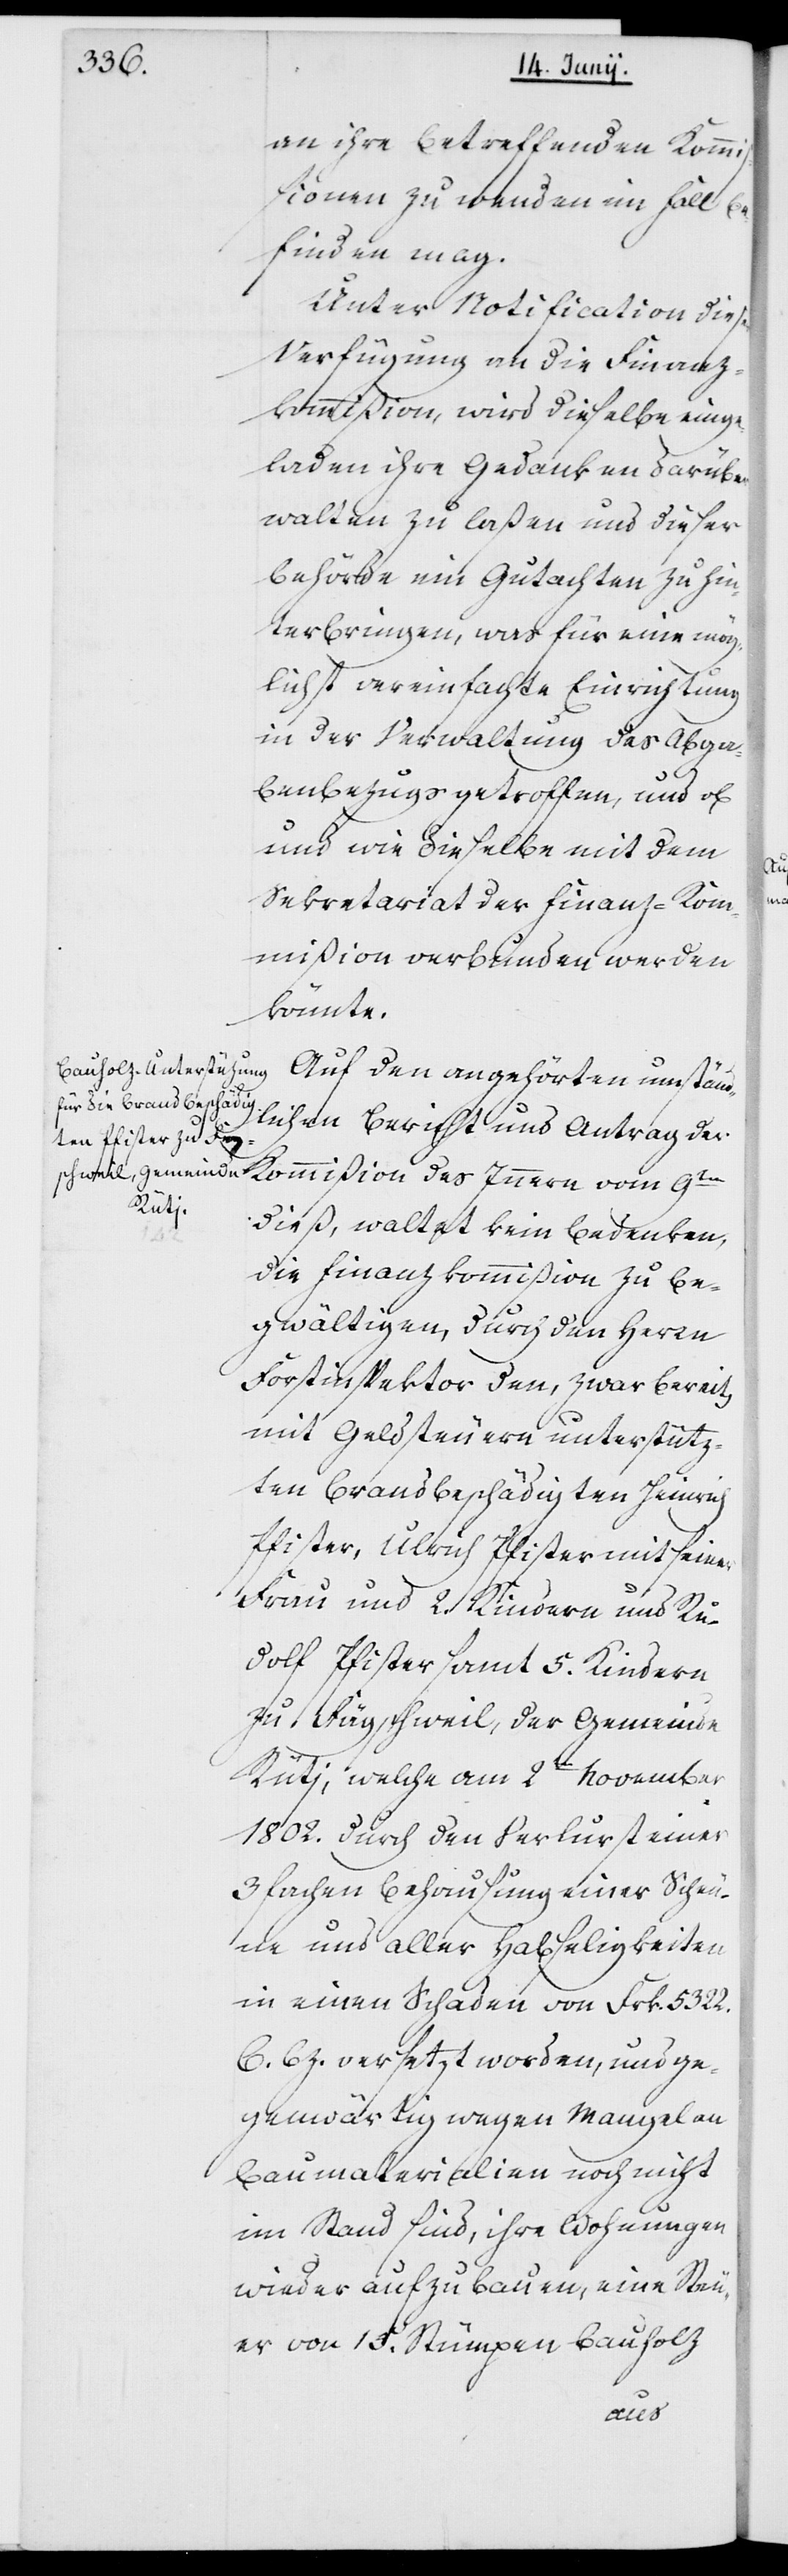
an ihre betreffenden Kommi¬
ßionen zu wenden im Fall be¬
finden mag.
Unter Notification dieser
Verfügung an die Finanz¬
kommißion, wird dieselbe einge¬
laden, ihre Gedanken darüber
walten zu laßen, und dieser
Behörde ein Gutachten zu hin¬
terbringen, was für eine mög¬
lichst vereinfachte Einrichtung
in der Verwaltung des Abga¬
benbezugs getroffen, und ob
und wie dieselbe mit dem
Sekretariat der Finanz-Kom¬
mißion verbunden werden
könnte.
Auf den angehörten umständ¬
lichen Bericht und Antrag der
Kommißion des Innern vom 9ten
dieß, waltet kein Bedenken,
die Finanzkommißion zu be¬
gwältigen, durch den Herrn
Forstinspektor den, zwar bereits
mit Geldsteuern unterstütz¬
ten brandbeschädigten Heinrich
Pfister, Ulrich Pfister mit seiner
Frau und 2. Kindern, und Ru¬
dolf Pfister samt 5. Kindern,
zu Fägschweil, der Gemeinde
Rütj, welche am 2ten November
1802. durch den Verlust einer
3fachen Behausung, einer Scheu¬
ne und aller Habseligkeiten
in einen Schaden von Frk. 5322.
6. Bz. versetzt worden, und ge¬
wärtig wegen Mangel an
Baumaterialien noch nicht
im Stand sind, ihre Wohnungen
wieder aufzubauen, eine Steu¬
er von 15. Stumpen Bauholz